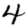
Digit: 4